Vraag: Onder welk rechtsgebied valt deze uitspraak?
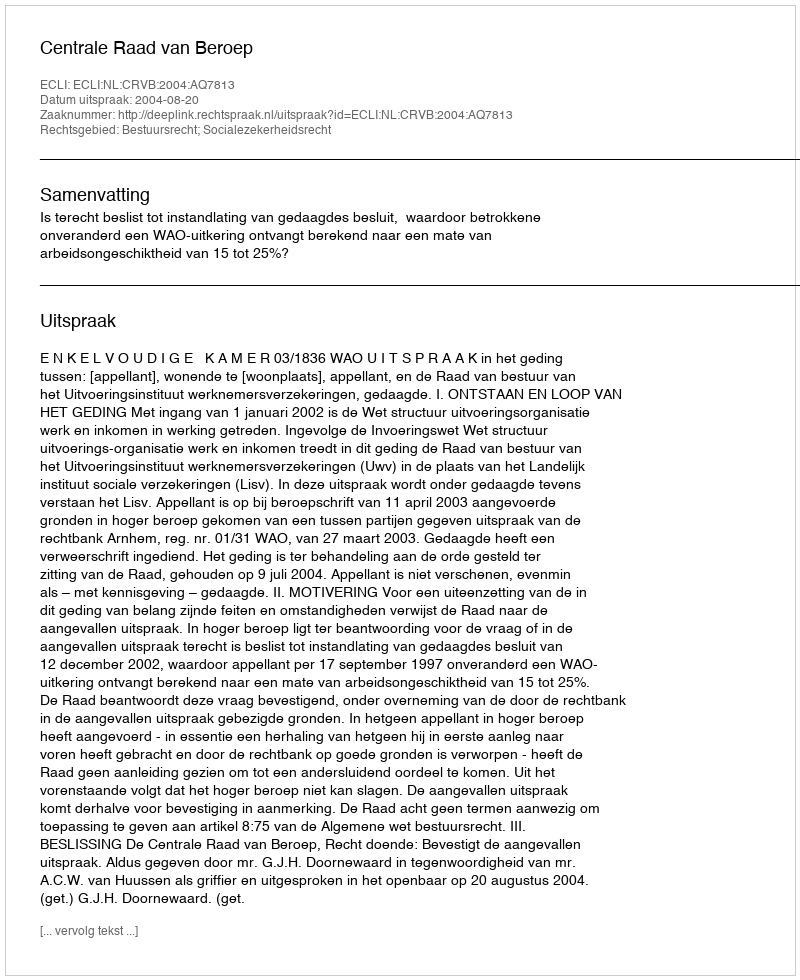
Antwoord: Bestuursrecht; Socialezekerheidsrecht